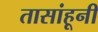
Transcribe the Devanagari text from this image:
तासांहूनी